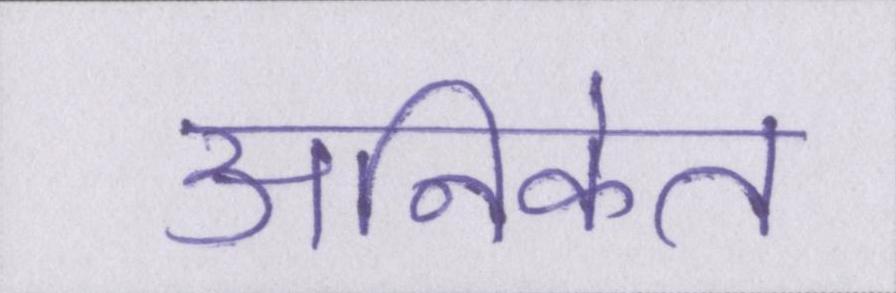
अनिकेत